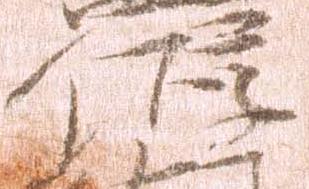
位